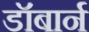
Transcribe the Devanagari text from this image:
डॉबार्न